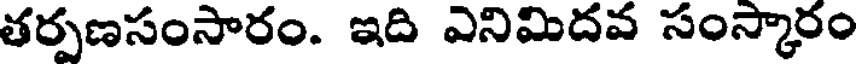
తర్పణసంసారం. ఇది ఎనిమిదవ సంస్కారం